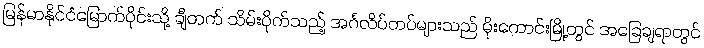
မြန်မာနိုင်ငံမြောက်ပိုင်းသို့ ချီတက် သိမ်းပိုက်သည့် အင်္ဂလိပ်တပ်များသည် မိုးကောင်းမြို့တွင် အခြေချရာတွင်